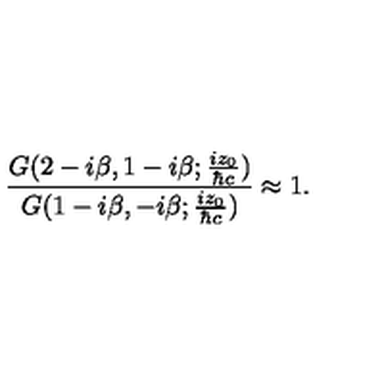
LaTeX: \frac { G ( 2 - i { \beta } , 1 - i { \beta } ; \frac { i z _ { 0 } } { { \hbar } c } ) } { G ( 1 - i { \beta } , - i { \beta } ; \frac { i z _ { 0 } } { { \hbar } c } ) } \approx 1 .